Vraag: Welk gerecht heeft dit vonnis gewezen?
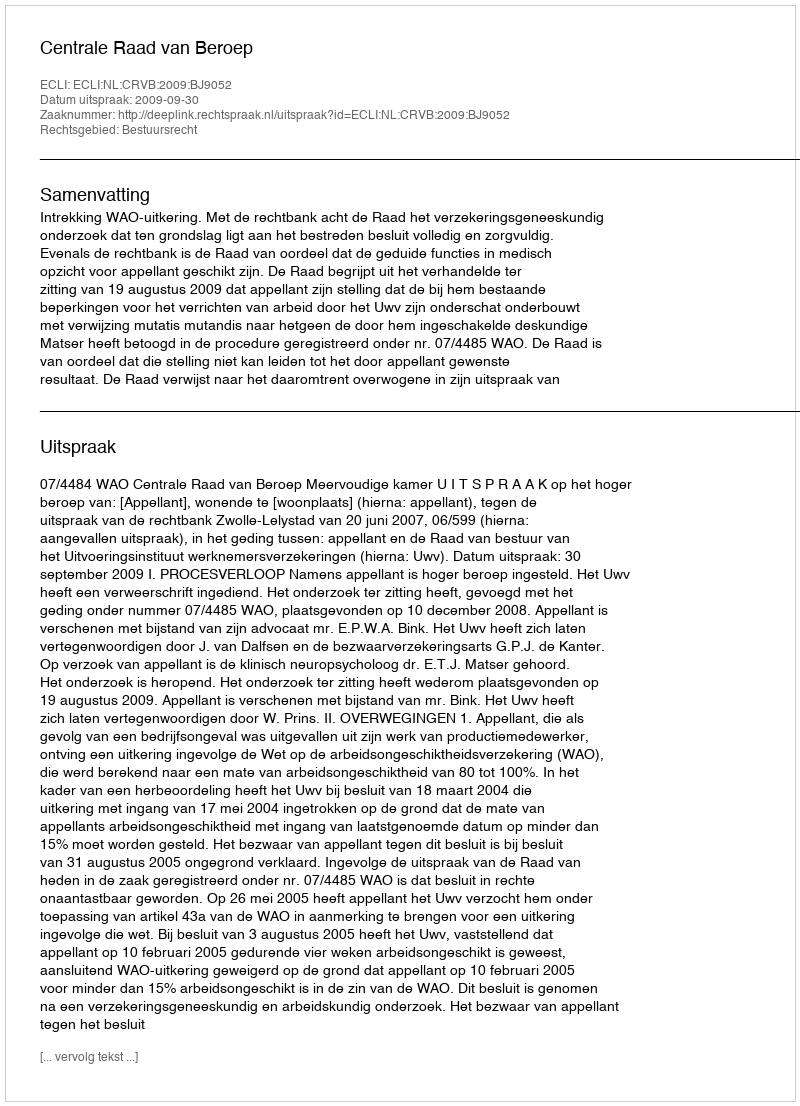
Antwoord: Centrale Raad van Beroep